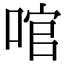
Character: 𠴨